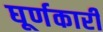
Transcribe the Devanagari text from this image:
घूर्णकारी